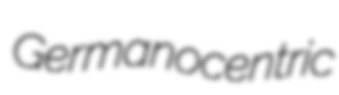
Germanocentric